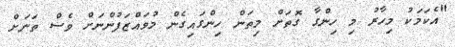
"އެކަމަކު މިހާރު މި ހިންގާ ގޮތަށް މިތަން ހިންގައިގެން މުވައްޒަފުންނަށް ވެސް ތަނަށް